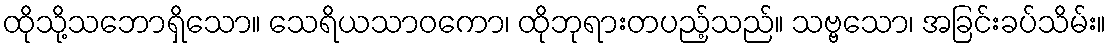
ထိုသို့သဘောရှိသော။ သေရိယသာဝကော၊ ထိုဘုရားတပည့်သည်။ သဗ္ဗသော၊ အခြင်းခပ်သိမ်း။